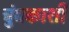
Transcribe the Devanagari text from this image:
चुंबकाशी